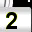
Digit: 2